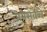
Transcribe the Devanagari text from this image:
जनसेवेचे